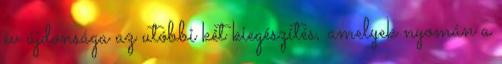
év újdonsága az utóbbi két kiegészítés, amelyek nyomán a